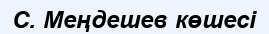
С. Меңдешев көшесі